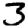
Digit: 3